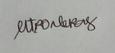
Signature authenticity: genuine